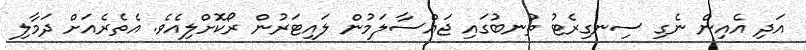
އަދި އެއިން ނެގި ސިނގިރެޓު ތުނބުގައި ޖައްސާލަމުން ލައިޓަރުން ރޯކޮށްލިއެވެ. އެތެރެއަށް ދަމާލި